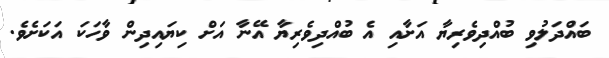
ބައްދަލުވި ބުއްދިވެރިޔާ އަށާއި އެ ބުއްދިވެރިޔާ އޭނާ އަށް ކިޔައިދިން ވާހަކަ އަކަށެވެ.